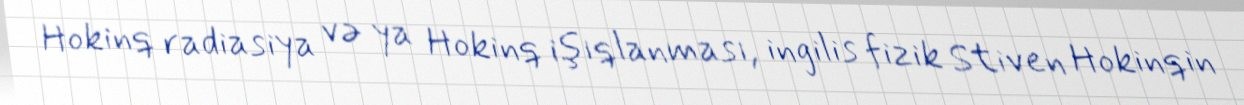
Hokinq radiasiya və ya Hokinq işıqlanması, ingilis fizik Stiven Hokinqin